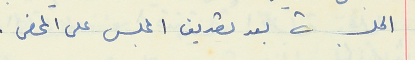
الجلسة بعد تصديق المجلس على المحضر .